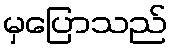
မှပြောသည်